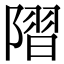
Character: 𨻸